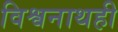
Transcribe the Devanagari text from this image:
विश्वनाथही